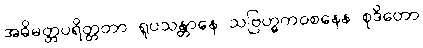
အဓိမတ္တပရိတ္တတာ ရူပသန္တာနေ သဗြဟ္မကဝစနေန စုဒိတော